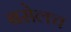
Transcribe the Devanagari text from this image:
बसेलच